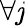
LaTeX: \forall\mathit{j}